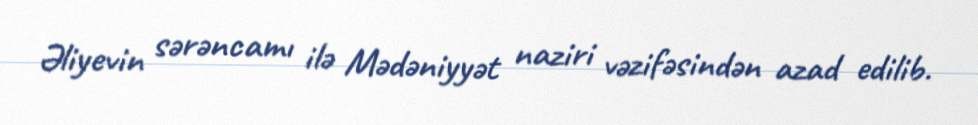
Əliyevin sərəncamı ilə Mədəniyyət naziri vəzifəsindən azad edilib.